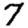
Digit: 7